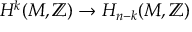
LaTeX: H ^ { k } ( M , \mathbb { Z } ) \to H _ { n - k } ( M , \mathbb { Z } )